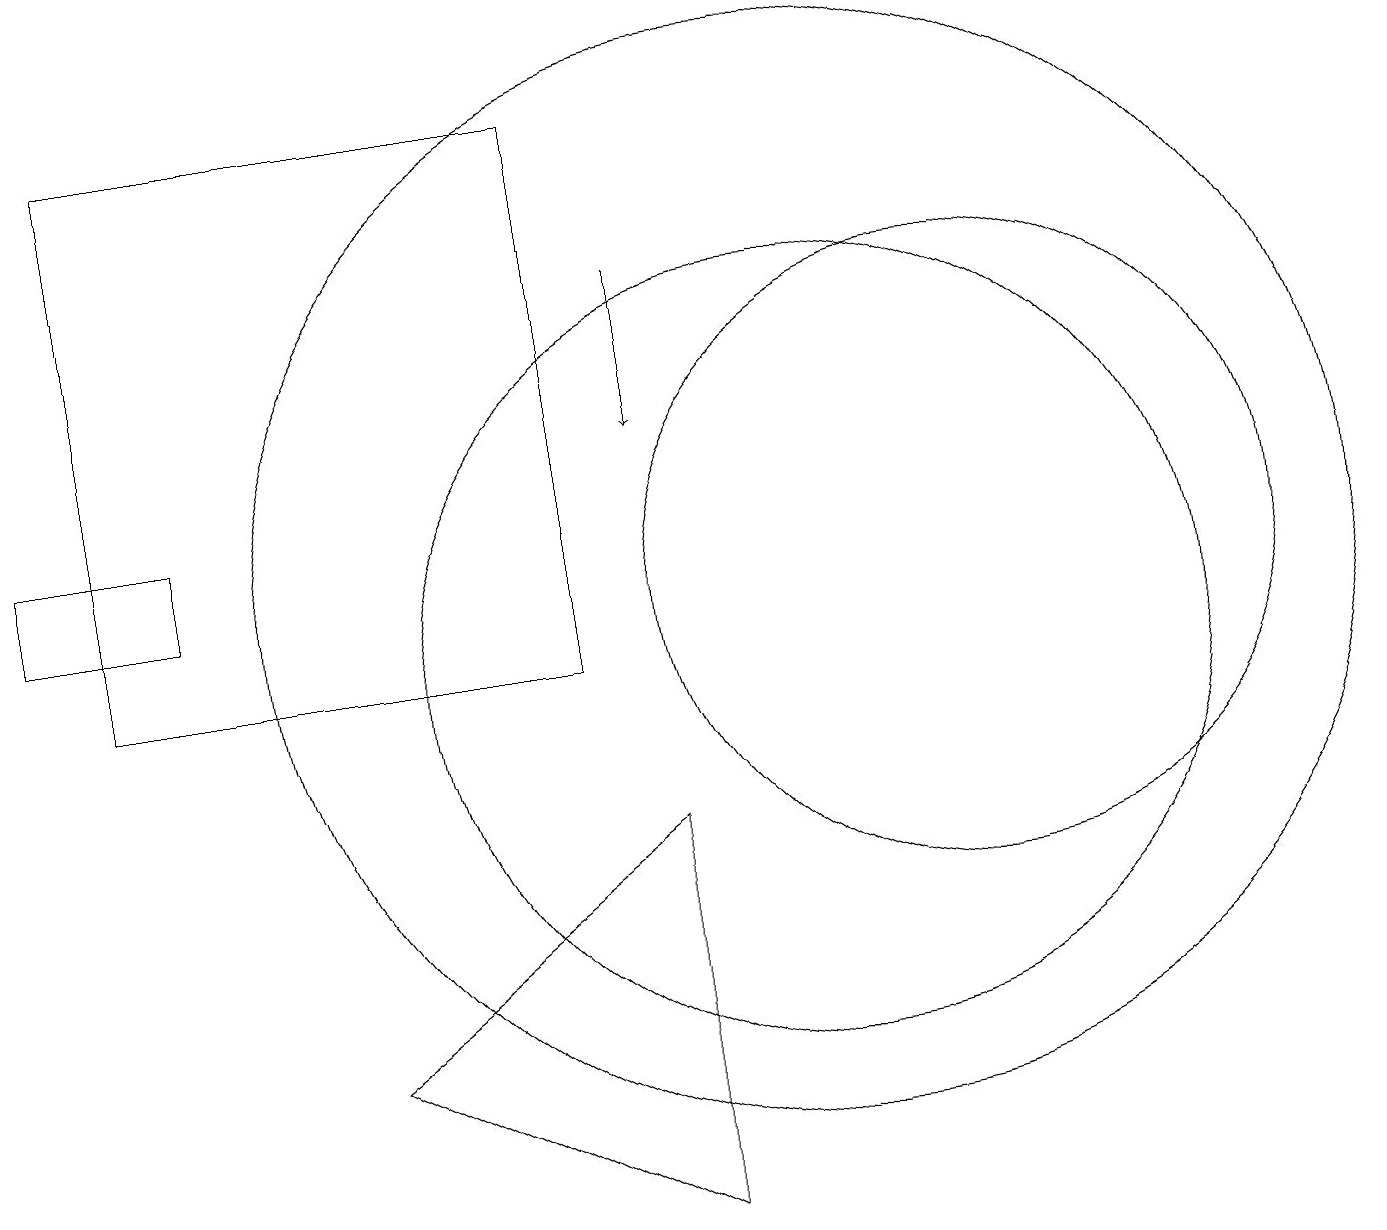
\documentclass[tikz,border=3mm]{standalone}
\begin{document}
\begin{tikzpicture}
\draw[->] (8,15) -- (8,13);
\draw (12,11) circle (4);
\draw (10,10) circle (5);
\draw (4,5) -- (8,8) -- (8,3) -- cycle;
\draw (0,11) rectangle (2,12);
\draw (10,11) circle (7);
\draw (1,17) rectangle (7,10);
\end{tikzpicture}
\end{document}